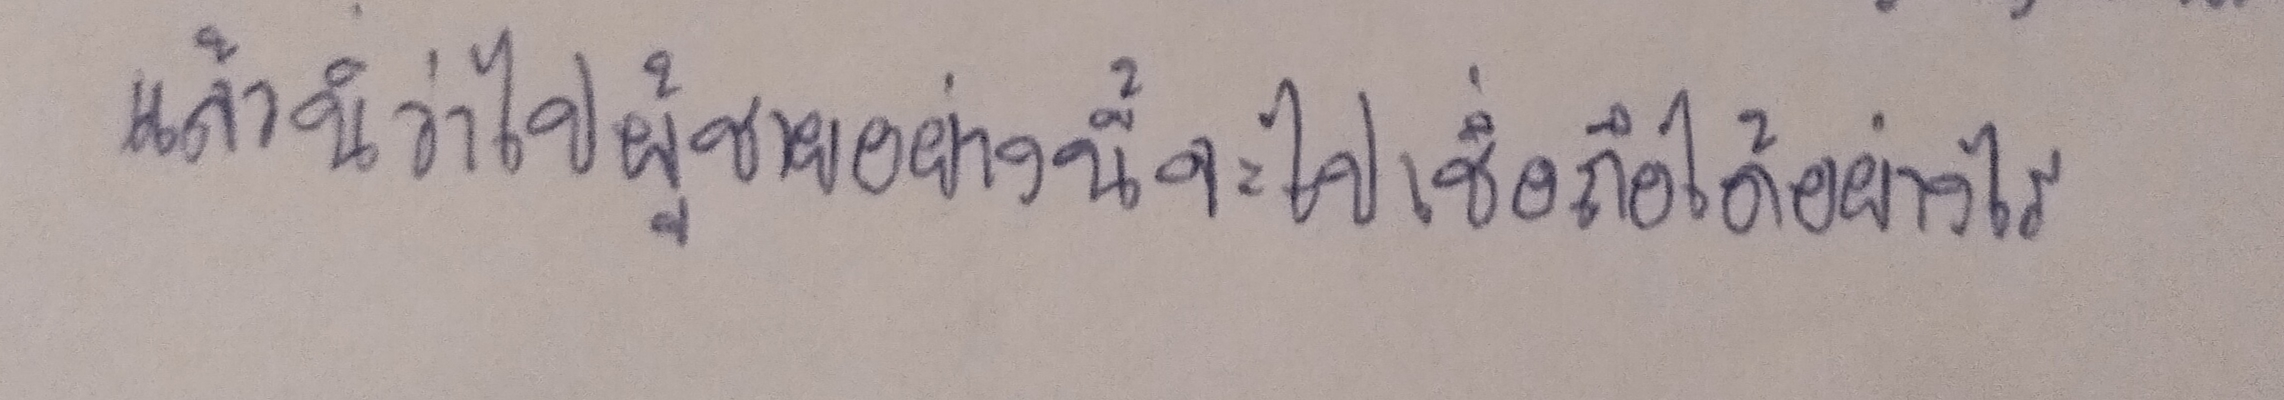
แล้วนี่ว่าไปผู้ชายอย่างนี้จะไปเชื่อถือได้อย่างไร